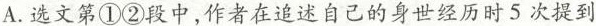
A.选文第①②段中，作者在追述自己的身世经历时5次提到